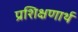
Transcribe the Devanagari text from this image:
प्रशिक्षणार्थ